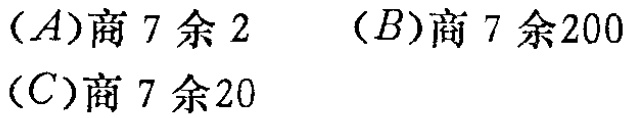
$(A)\text{商}7\text{余}2\quad (B)\text{商}7\text{余}200\quad (C)\text{商}7\text{余}20$